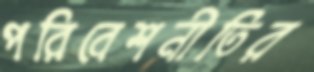
পরিবেশনীতির